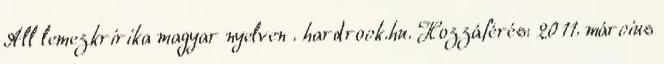
All lemezkririka magyar nyelven . hardrock.hu. Hozzáférés: 2011. március